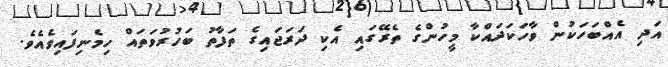
އަދި އެއްބަހަކުން ވާހަކަދައްކާ މީހުންގެ ތެރޭގައި އެކި ދަރަޖައިގެ ތަފާތު ބަހުރުވަތައް ހިމެނިފައިވެއެވެ.